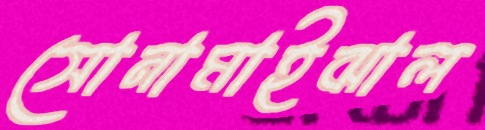
সোনামাইঝাল